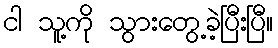
ငါ သူ့ကို သွားတွေ့ခဲ့ပြီးပြီ။